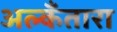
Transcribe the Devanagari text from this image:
अल्कँतारा